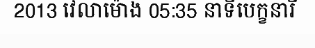
2013 វេលាម៉ោង 05:35 នាទីបេក្ខនារី